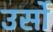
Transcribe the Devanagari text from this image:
उर्सो